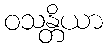
ဝသန္တိယာ